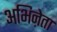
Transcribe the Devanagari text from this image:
अभिऩेता